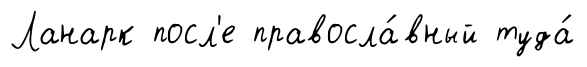
Ланарк посл'е правосла́вный туда́